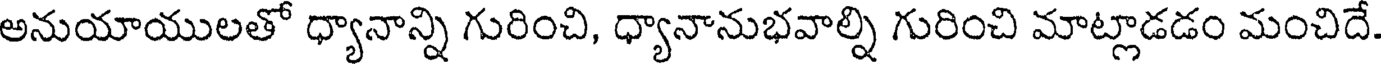
అనుయాయులతో ధ్యానాన్ని గురించి, ధ్యానానుభవాల్ని గురించి మాట్లాడడం మంచిదే